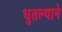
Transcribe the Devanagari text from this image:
धुतल्याने